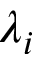
\lambda _ { i }